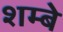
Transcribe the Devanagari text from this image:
शम्बे